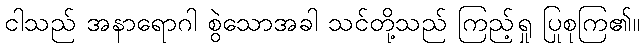
ငါသည် အနာရောဂါ စွဲသောအခါ သင်တို့သည် ကြည့်ရှု ပြုစုကြ၏။